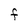
Character: F